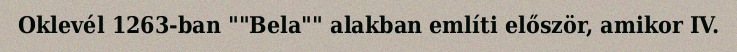
Oklevél 1263-ban ""Bela"" alakban említi először, amikor IV.